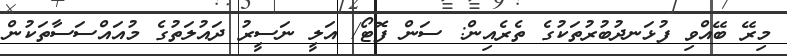
މިރޭ ބޭއްވި ފުޅަނދުބުރުތަކުގެ ތެރެއިން: ސަން ފޮޓޯ/ އަލީ ނަސީރު ދައުލަތުގެ މުއައްސަސާތަކުން